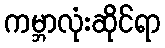
ကမ္ဘာလုံးဆိုင်ရာ